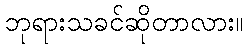
ဘုရားသခင်ဆိုတာလား။